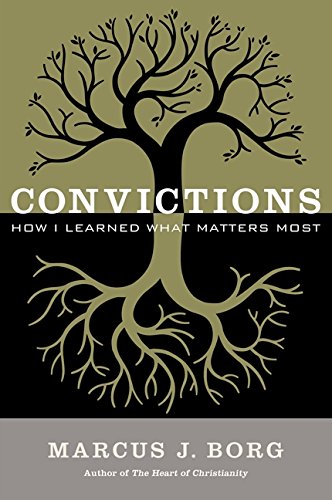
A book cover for Convictions: How I Learned What Matters Most; Marcus J. Borg; Christian Books & Bibles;